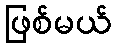
ဖြစ်မယ်